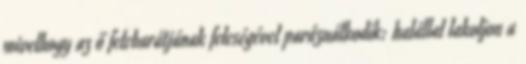
mivelhogy az ő felebarátjának feleségével paráználkodik: halállal lakoljon a